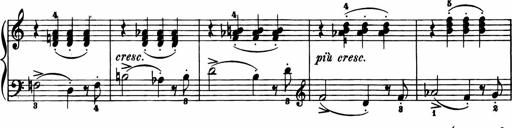
Title: 11 Sonatinas for Piano Solo
Composer: Anton Diabelli